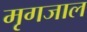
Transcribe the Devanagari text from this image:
मृगजाल